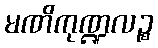
မဏိကုဏ္ဍလဉ္စ